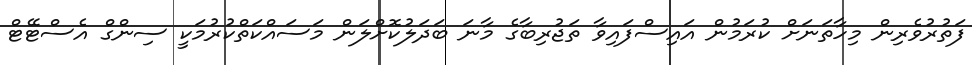
ފަތުރުވެރިން މިހާތަނަށް ކުރަމުން އައިސްފައިވާ ތަޖުރިބާގެ މާނަ ބަދަލުކޮށްލަން މަސައްކަތްކުރުމަކީ ސިންގް އެސްޓޭޓް